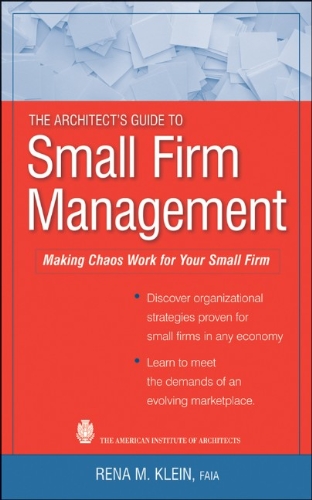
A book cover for The Architect's Guide to Small Firm Management: Making Chaos Work for Your Small Firm; Rena M. Klein; Arts & Photography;